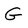
Character: G